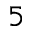
^ { 5 }